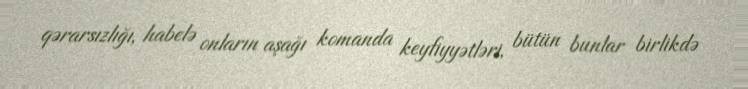
qərarsızlığı, habelə onların aşağı komanda keyfiyyətləri, bütün bunlar birlikdə